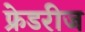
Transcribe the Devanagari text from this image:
फ्रेडरीज